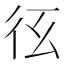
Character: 𢓎